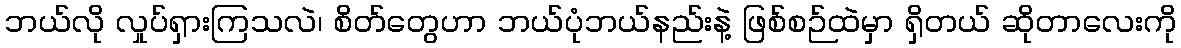
ဘယ်လို လှုပ်ရှားကြသလဲ၊ စိတ်တွေဟာ ဘယ်ပုံဘယ်နည်းနဲ့ ဖြစ်စဉ်ထဲမှာ ရှိတယ် ဆိုတာလေးကို